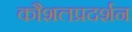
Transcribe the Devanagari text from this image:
कौशलप्रदर्शन